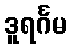
ဒူရင်္ဂမ